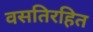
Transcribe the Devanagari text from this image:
वसतिरहित